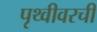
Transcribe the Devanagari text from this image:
पृथ्वीवरची